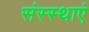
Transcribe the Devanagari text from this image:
संस्स्थाएं